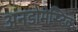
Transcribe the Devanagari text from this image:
अनडोमेस्टिक